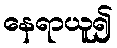
နေရာယူ၍